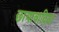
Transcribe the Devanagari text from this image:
छायावादिता